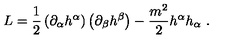
L = \frac { 1 } { 2 } \left( \partial _ { \alpha } h ^ { \alpha } \right) \left( \partial _ { \beta } h ^ { \beta } \right) - \frac { m ^ { 2 } } { 2 } h ^ { \alpha } h _ { \alpha } \ .